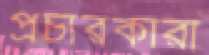
প্রচারকারী